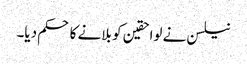
نیلسن نے لواحقین کو بلانے کا حکم دیا۔